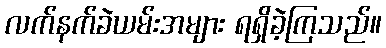
လက်နက်ခဲယမ်းအများ ရရှိခဲ့ကြသည်။